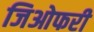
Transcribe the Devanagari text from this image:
जिओफरी